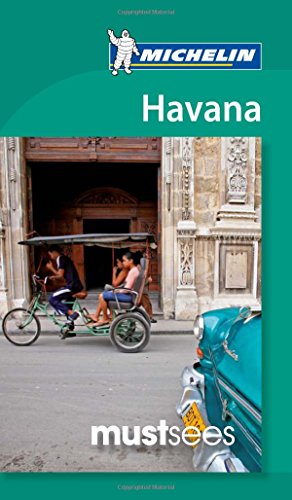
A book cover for Michelin Must Sees Havana (Must See Guides/Michelin); Michelin Travel & Lifestyle; Travel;